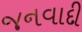
જનવાદી